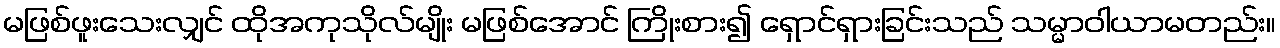
မဖြစ်ဖူးသေးလျှင် ထိုအကုသိုလ်မျိုး မဖြစ်အောင် ကြိုးစား၍ ရှောင်ရှားခြင်းသည် သမ္မာဝါယာမတည်း။